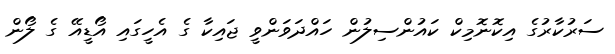
ސަރުކާރުގެ އިކޮނޮމިކް ކައުންސިލުން ހައްދަވަންވީ ޖައިކާ ގެ އެހީގައި އޯޑީއޭ ގެ ލޯން